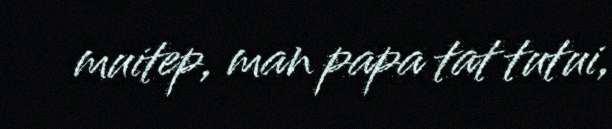
muitep, man papa tat tutui,